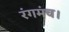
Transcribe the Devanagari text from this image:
रंगमंच।